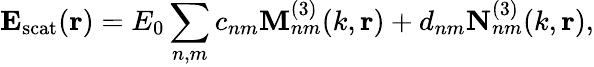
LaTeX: \mathbf{E_{\mathrm{scat}}}(\mathbf{r})=E_{0}\sum_{n,m}c_{nm}\mathbf{M}_{nm}^{(3)}(k,\mathbf{r})+d_{nm}\mathbf{N}_{nm}^{(3)}(k,\mathbf{r}),